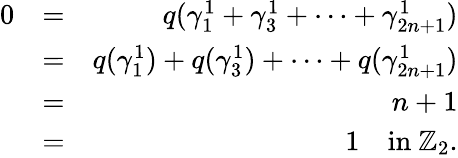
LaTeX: \begin{array}{rlr}{0}&{=}&{q(\gamma_{1}^{1}+\gamma_{3}^{1}+\cdots+\gamma_{2n+1}^{1})}\\ &{=}&{q(\gamma_{1}^{1})+q(\gamma_{3}^{1})+\cdots+q(\gamma_{2n+1}^{1})}\\ &{=}&{n+1}\\ &{=}&{1\quad\mathrm{in~}\mathbb{Z}_{2}.}\end{array}